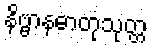
နိဗ္ဗာနဓာတုသုတ္တ